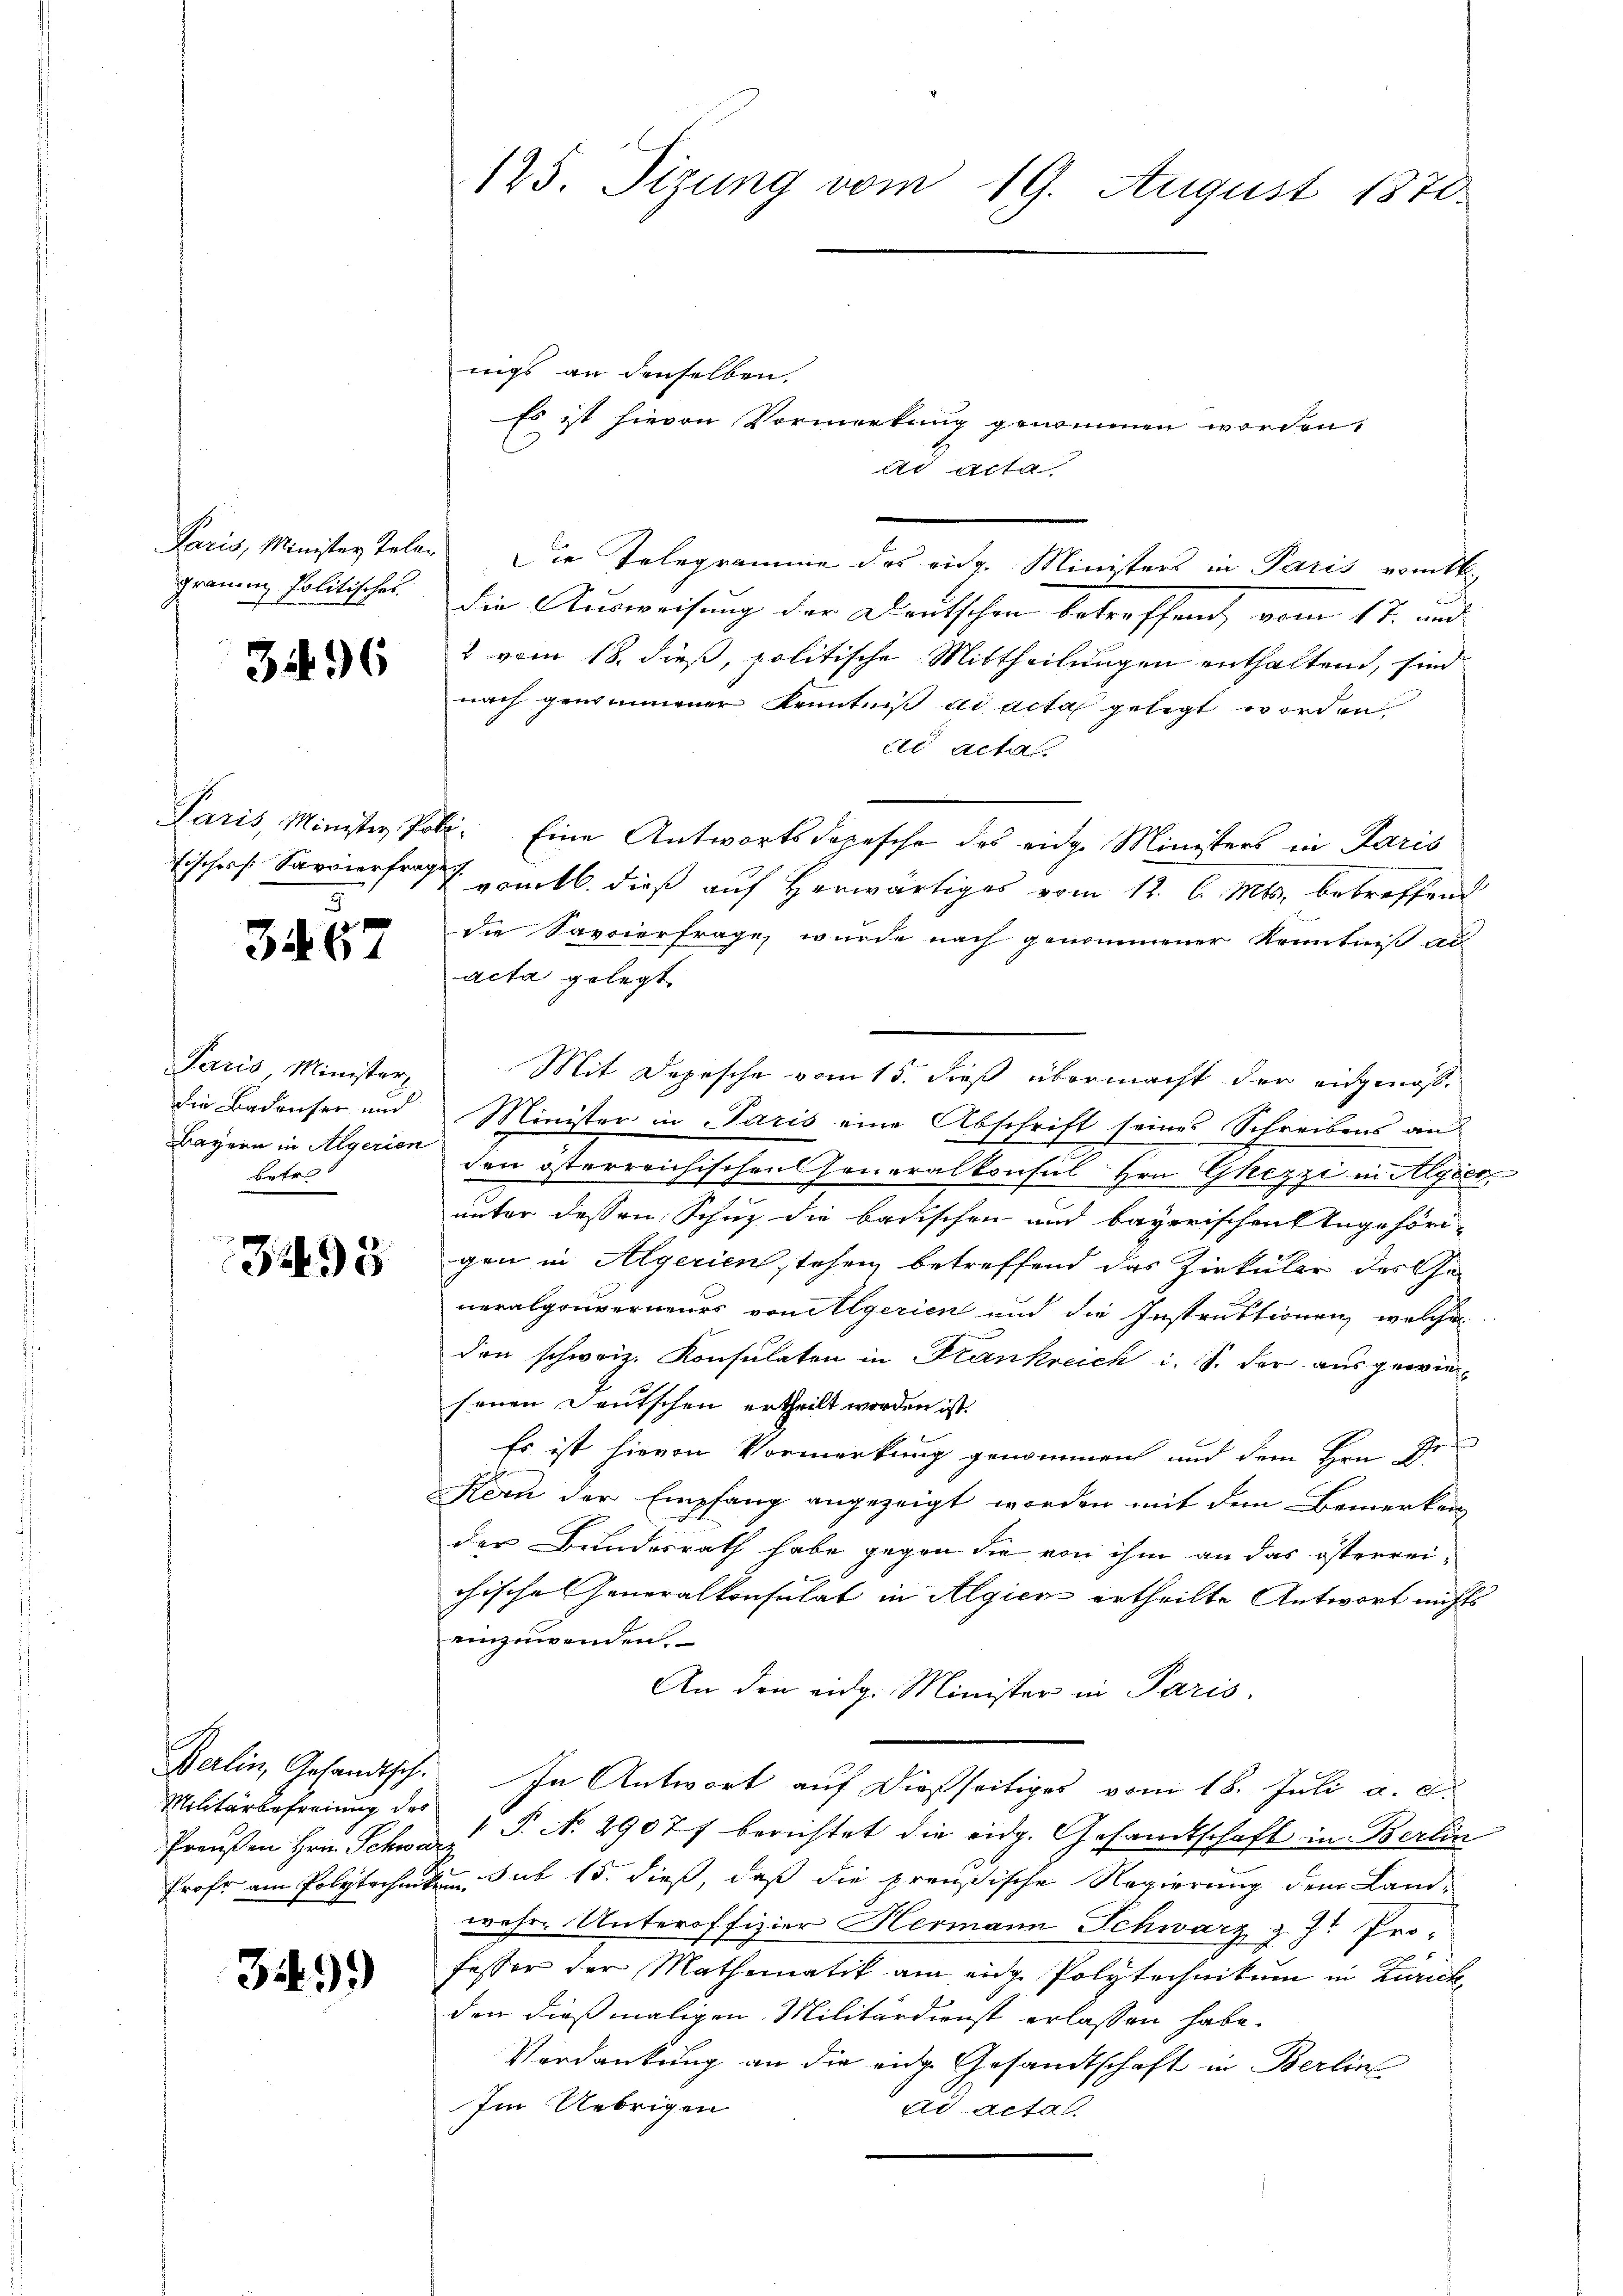
Paris, Minister Talen
grauen Politisches

3496

Fischers Savoierfrage
3

3467

Paris, Minister,
die Badenser und
Bayern in Algerien
Betret

3495

Berlin, Gesandtsch.
Militärbefreiung des
Preußen Hrn. Schwar
Frafe am Polytechnike

349.

125. Sizung vom 19. August 1870

nigs an denselben,
die Ausweisung der Deutschen betreffend, vom 17. und
2 vom 18. dieß, politische Mittheilungen enthaltend, sind
nach gewinnener Kenntniß ad acta gelegt worden
l Acta
Paris, Minister Poli. Eine Antwortsdopesche des eidge Ministers in Paris
romtl. dieß auf herwärtiges vom 12. l. Mts. betreffend
die Savoierfrage wurde nach genommener Kenntnis ad
acta gelegt
Mit Dopische vom 15. dieß übermacht der eidgenoß¬
Minister in Paris eine Abschrift seines Schreibens an
den österreichischen Generalkonsul Hrn. Ghezzi in Algier
unter dessen Schuz die badischen und bayerischen Ungehöri-
gen in Algerien stehen, betreffend das Zirkular des Generalgouverneurs von ilgerien und die Instruktionen, welches
den schweiz. Konsulaten in Krankreich i. S. der ausgewiesenen Deutschen ertheilt worden ist.
Es ist hievon Vormerkung genommen und dem Hrn. Ge¬
Kern der Empfang angezeigt worden mit dem Bemerken
der Bundesrath habe gegen die von ihm an das österreichische Generalkonsulat in Algien ertheilte Antwort nichts
einzuwenden.
An den eidg. Minister in Paris,
In Antwort auf dießseitiges vom 18. Juli a. c.
§. No. 2907 berichtet die eidg. Gesandtschaft in Berlin
t
sub 15. dieß, daß die preußische Regierung dem Landwehr. Unteroffizier Hermann Schwarz z. Zt. Pro-
fessor der Mathematik am eidge Polytechnikum in Zürichden dießmaligen Militärdienst erlassen habe.
Verdankung an die eige Gesandtschaft in Berlin
Im Uebrigen
ad acta.

Es ist hievon Vormerkung genommen worden,
Ad Acta

Die Telegramme des eidg. Ministers in Paris vom k.